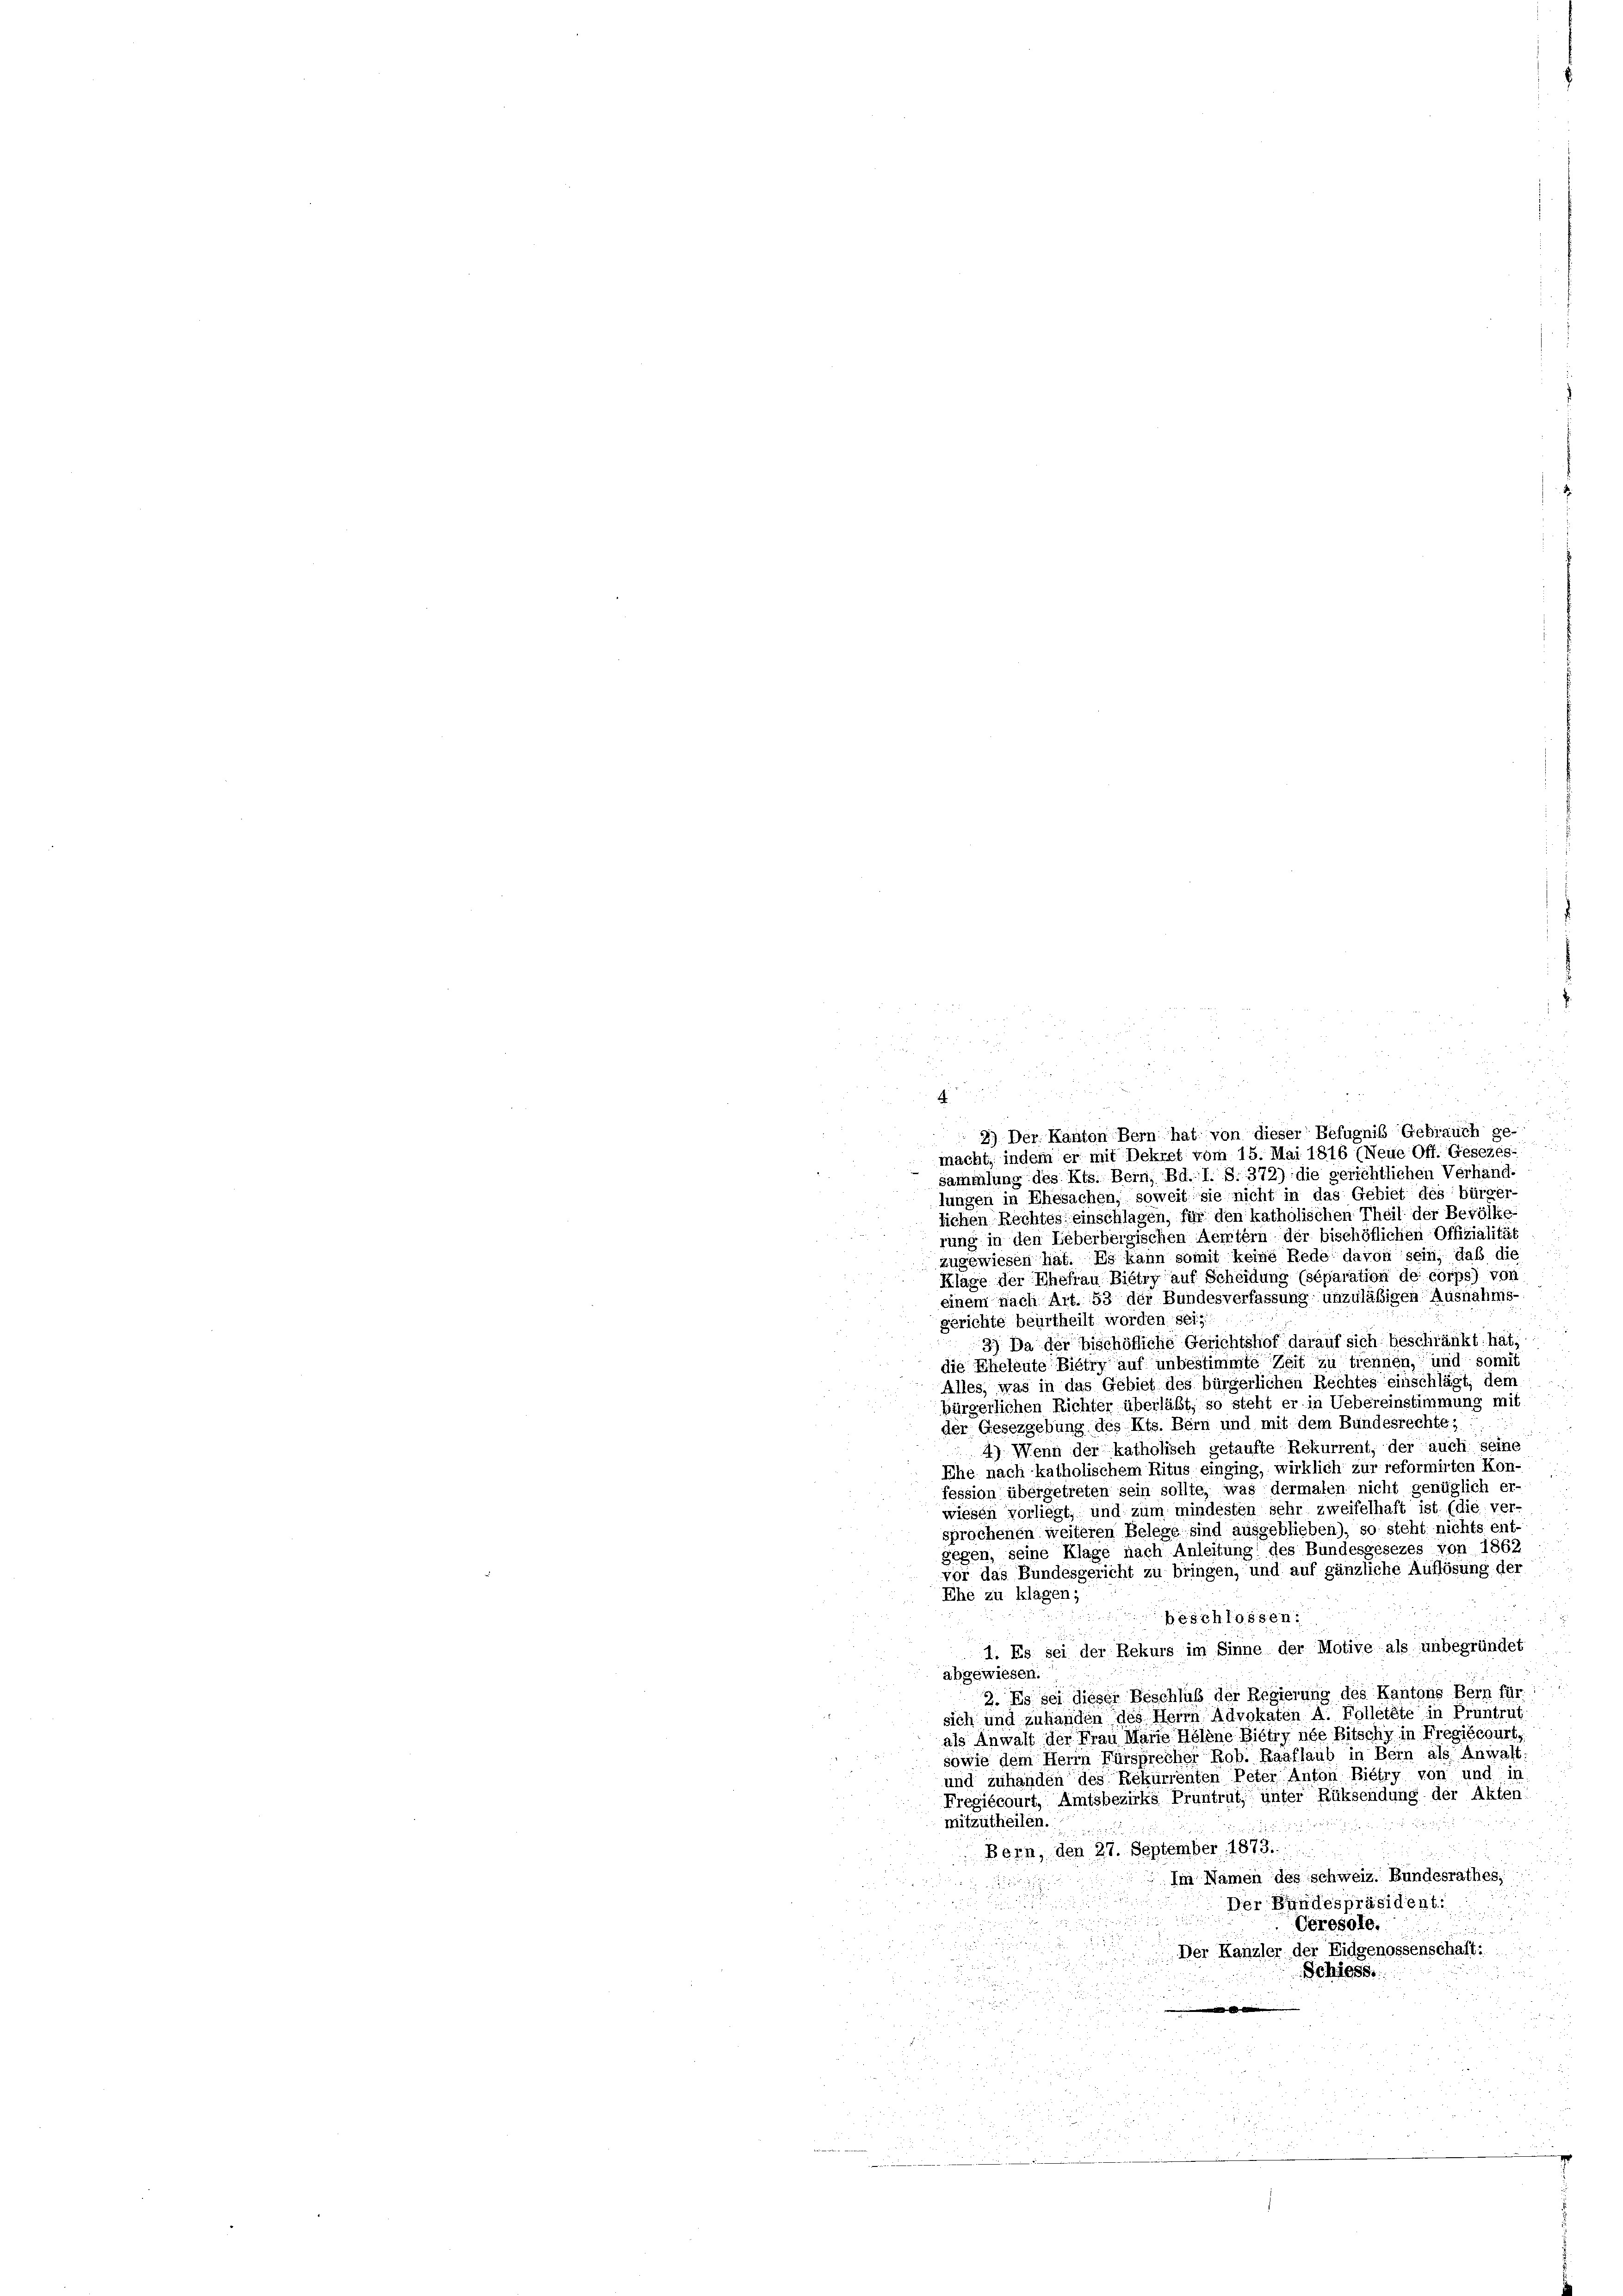
.
g
macht, indem er mit Dekret vom 15. Mai 1816 (Neue Off. Gesezes-
sammlung des Kts. Bern, Bd. I. S. 372) die gerichtlichen Verhand-
lungen in Ehesachen, soweit sie nicht in das Gebiet des bürger-
lichen Rechtes einschlagen, für den katholischen Theil der Bevölke
rung in den Ueberbergischen Aemtern der bischöflichen Offizialität
zugewiesen hat. Es kann somit keine Rede davon sein, daß die
Klage der Ehefrau Bietry auf Scheidung (séparation de corps) von
einem nach Art. 53 der Bundesverfassung unzuläßigen Ausnahms-
gerichte beurtheilt worden sei;
3) Da der bischöfliche Gerichtshof darauf sich beschränkt hat,
die Eheleute Bietry auf unbestimmte Zeit zu tiennen, und somit
Alles, was in das Gebiet des bürgerlichen Rechtes einschlägt, dem
bürgerlichen Richter überläßt, so steht er in Uebereinstimmung mit
der Gesezgebung des Kts. Bern und mit dem Bundesrechte;
4) Wenn der katholisch getaufte Rekurrent, der auch seine
Ehe nach katholischem Ritus einging, wirklich zur reformirten Kon-
fession übergetreten sein sollte, was dermalen nicht genüglich er-
wiesen vorliegt, und zum mindesten sehr zweifelhaft ist. (die ver-
sprochenen weiteren Belege sind ausgeblieben), so steht nichts ent-
gegen, seine Klage nach Anleitung des Bundesgesezes von 1862
vor das Bundesgericht zu bringen, und auf gänzliche Auflösung der
Ehe zu klagen;
Geschlossen.
1. Es sei der Rekurs im Sinne der Motive als unbegründet
abgewiesen.
2. Es sei dieser Beschluß der Regierung des Kantons Bern für
sich und zuhänden des Herrn Advokaten A. Folletete in Pruntrut
als Anwalt der Frau Marie Helene Bietry née Bitschy in Fregiécourt,
sowie dem Herrn Fürsprecher Rob. Raaflaub in Bern als Anwalt
und zuhanden des Rekurrenten Peter Anton Bietry von und in
Fregiécourt, Amtsbezirks Pruntrut, unter Rüksendung der Akten
mitzutheilen.
Bern, den 27. September 1873.
Im Namen des schweiz. Bundesrathes,
Der Bundespräsident.
Ceresole.
Der Kanzler der Eidgenossenschaft:

Schiess
d
u

.

2
5

¬

2
2) Der Kanton Bern hat von dieser Befugniß Gebrauch ge-